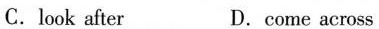
C. look after D. come across